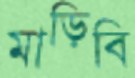
মাড়িবি